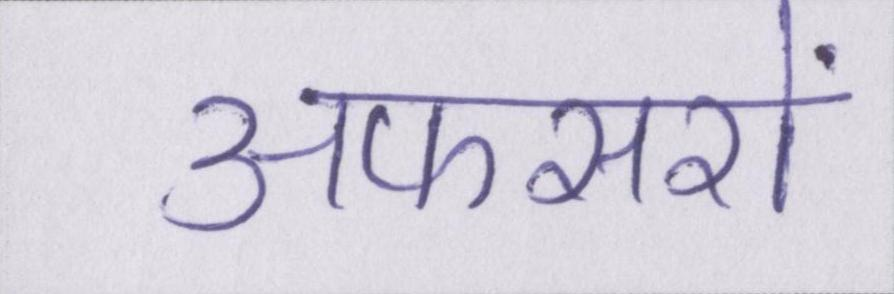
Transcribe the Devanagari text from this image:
अफसरों